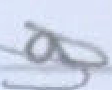
Text: a
Cross-out: diagonal
Writing tool: pencil